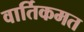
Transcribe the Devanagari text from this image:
वार्तिकमत